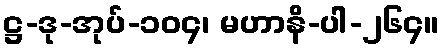
ဋ္ဌ-ဒု-အုပ်-၁၀၄၊ မဟာနိ-ပါ-၂၆၄။